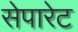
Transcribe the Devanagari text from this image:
सेपारेट